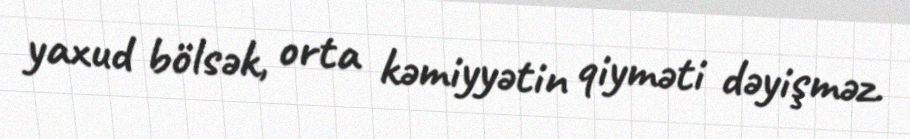
yaxud bölsək, orta kəmiyyətin qiyməti dəyişməz.